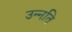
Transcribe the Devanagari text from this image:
उन्‍नति